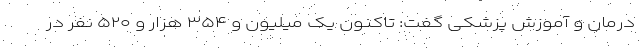
درمان و آموزش پزشکی گفت: تاکنون یک میلیون و ۳۵۴ هزار و ۵۲۰ نفر در